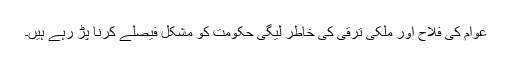
عوام کی فلاح اور ملکی ترقی کی خاطر لیگی حکومت کو مشکل فیصلے کرنا پڑ رہے ہیں۔